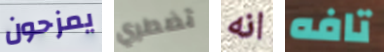
يمزحون تضطري انه تافه